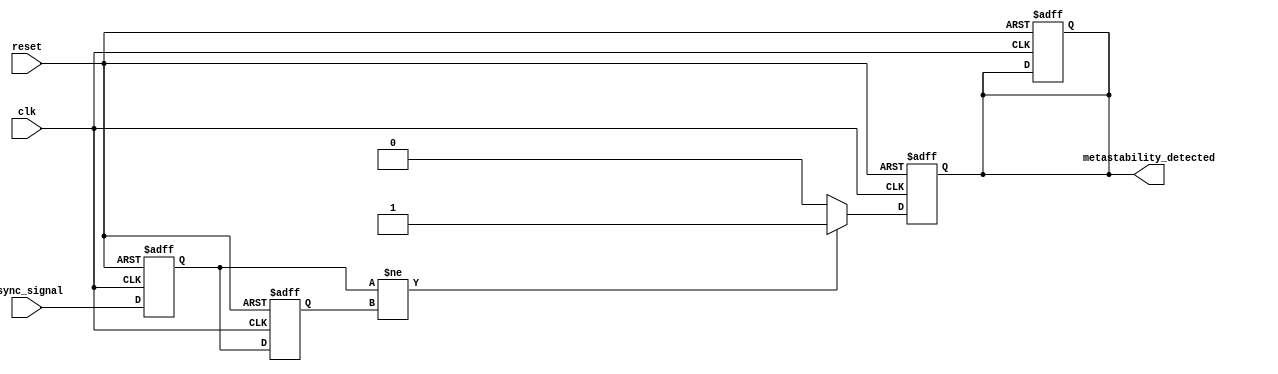
module metastability_detector (
    input wire clk,                 // Clock input
    input wire reset,               // Reset input
    input wire async_signal,        // Asynchronous input signal
    output reg metastability_detected // Output signal indicating metastability
);

    // Internal signals for the flip-flops
    reg ff1_out, ff2_out;
    reg [3:0] metastability_counter; // Counter to monitor duration of metastability

    // Parameters
    parameter METASTABILITY_THRESHOLD = 4'd5; // Threshold for detecting metastability

    // Sampling flip-flops
    always @(posedge clk or posedge reset) begin
        if (reset) begin
            ff1_out <= 1'b0;
            ff2_out <= 1'b0;
            metastability_counter <= 4'b0;
            metastability_detected <= 1'b0;
        end else begin
            ff1_out <= async_signal; // Sample async signal on clock edge
            ff2_out <= ff1_out;      // Sample output of first flip-flop
        end
    end

    // Metastability detection logic
    always @(posedge clk or posedge reset) begin
        if (reset) begin
            metastability_counter <= 4'b0;
            metastability_detected <= 1'b0;
        end else begin
            if (ff1_out != ff2_out) begin
                // Outputs are different, indicating possible metastability
                if (metastability_counter < METASTABILITY_THRESHOLD) begin
                    metastability_counter <= metastability_counter + 1'b1;
                end
                metastability_detected <= 1'b1; // Set detect flag
            end else begin
                // Outputs are the same, reset counter and detection flag
                metastability_counter <= 4'b0;
                metastability_detected <= 1'b0;
            end
        end
    end

endmodule